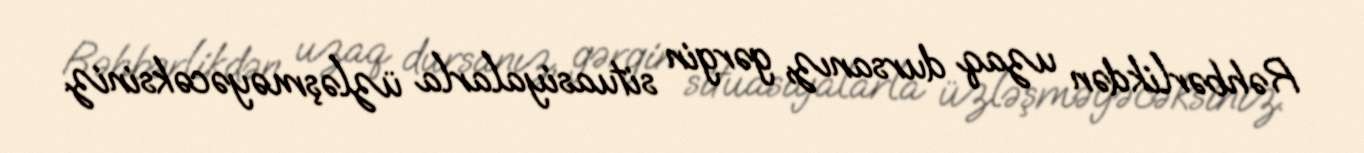
Rəhbərlikdən uzaq dursanız, gərgin situasiyalarla üzləşməyəcəksiniz.